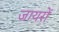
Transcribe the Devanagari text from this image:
जायरों